Annual administration report of the Civil Veterinary Department of India - 1895-1896
Year: 1895
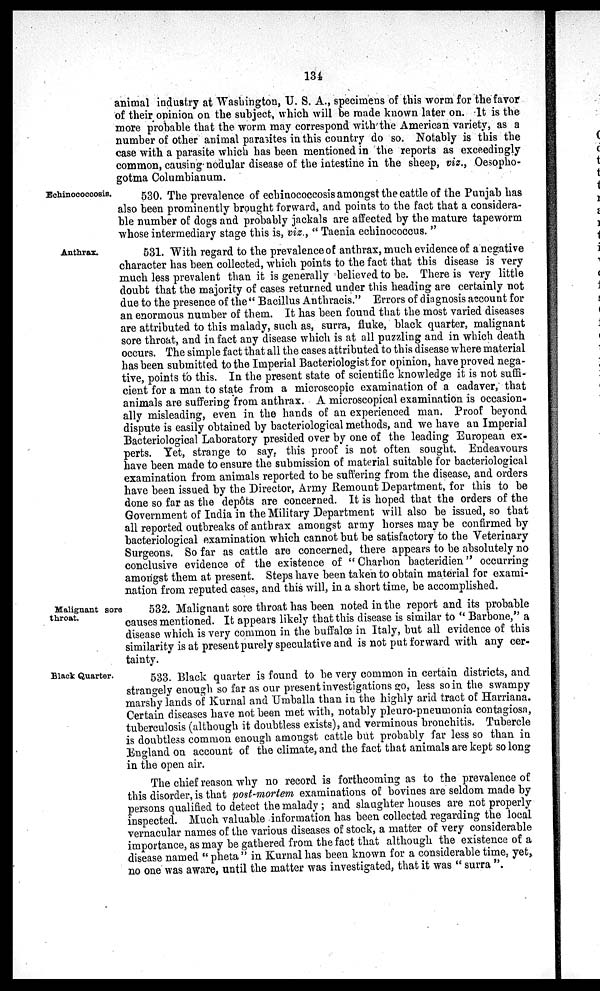
134
animal industry at Washington, U. S. A., specimens of this worm for the favor
of their opinion on the subject, which will be made known later on. It is the
more probable that the worm may correspond with the American variety, as a
number of other animal parasites in this country do so. Notably is this the
case with a parasite which has been mentioned in the reports as exceedingly
common, causing-nodular disease of the intestine in the sheep, viz., Oesopho-
gotma Columbianum.
Echinococcosis.
530. The prevalence of echinococcosis amongst the cattle of the Punjab has
also been prominently brought forward, and points to the fact that a considera-
ble number of dogs and probably jackals are affected by the mature tapeworm
whose intermediary stage this is, viz., "Taenia echinococcus."
Anthrax.
531. With regard to the prevalence of anthrax, much evidence of a negative
character has been collected, which points to the fact that this disease is very
much less prevalent than it is generally believed to be. There is very little
doubt that the majority of cases returned under this heading are certainly not
due to the presence of the "Bacillus Anthracis." Errors of diagnosis account for
an enormous number of them. It has been found that the most varied diseases
are attributed to this malady, such as, surra, fluke, black quarter, malignant
sore throat, and in fact any disease which is at all puzzling and in which death
occurs. The simple fact that all the cases attributed to this disease where material
has been submitted to the Imperial Bacteriologist for opinion, have proved nega-
tive, points to this. In the present state of scientific knowledge it is not suffi-
cient for a man to state from a microscopic examination of a cadaver, that
animals are suffering from anthrax. A microscopical examination is occasion-
ally misleading, even in the hands of an experienced man. Proof beyond
dispute is easily obtained by bacteriological methods, and we have an Imperial
Bacteriological Laboratory presided over by one of the leading European ex-
perts. Yet, strange to say, this proof is not often sought. Endeavours
have been made to ensure the submission of material suitable for bacteriological
examination from animals reported to be suffering from the disease, and orders
have been issued by the Director, Army Remount Department, for this to be
done so far as the depôts are concerned. It is hoped that the orders of the
Government of India in the Military Department will also be issued, so that
all reported outbreaks of anthrax amongst army horses may be confirmed by
bacteriological examination which cannot but be satisfactory to the Veterinary
Surgeons. So far as cattle are concerned, there appears to be absolutely no
conclusive evidence of the existence of "Charbon bacteridien" occurring
amongst them at present. Steps have been taken to obtain material for exami-
nation from reputed cases, and this will, in a short time, be accomplished.
Malignant sore
throat.
532. Malignant sore throat has been noted in the report and its probable
causes mentioned. It appears likely that this disease is similar to "Barbone," a
disease which is very common in the buffalœ in Italy, but all evidence of this
similarity is at present purely speculative and is not put forward with any cer-
tainty.
Black Quarter.
533. Black quarter is found to be very common in certain districts, and
strangely enough so far as our present investigations go, less so in the swampy
marshy lands of Kurnal and Umballa than in the highly arid tract of Harriana.
Certain diseases have not been met with, notably pleuro-pneumonia contagiosa,
tuberculosis (although it doubtless exists), and verminous bronchitis. Tubercle
is doubtless common enough amongst cattle but probably far less so than in
England on account of the climate, and the fact that animals are kept so long
in the open air.
The chief reason why no record is forthcoming as to the prevalence of
this disorder, is that post-mortem examinations of bovines are seldom made by
persons qualified to detect the malady; and slaughter houses are not properly
inspected. Much valuable information has been collected regarding the local
vernacular names of the various diseases of stock, a matter of very considerable
importance, as may be gathered from the fact that although the existence of a
disease named "pheta" in Kurnal has been known for a considerable time, yet,
no one was aware, until the matter was investigated, that it was "surra".